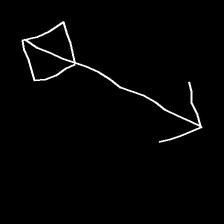
Glyph: focus